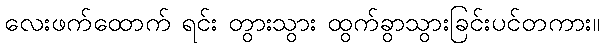
လေးဖက်ထောက် ရင်း တွားသွား ထွက်ခွာသွားခြင်းပင်တကား။